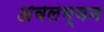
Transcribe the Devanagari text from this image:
अवलम्वन